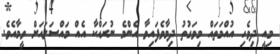
މިއީ ދިވެހި އުއްމަތައް މިވަގުތު ދިމާވެފައިވާ އެންމެ ނުރައްކާ އެއް މައްސަލައަށް ވީމާއެވެ.